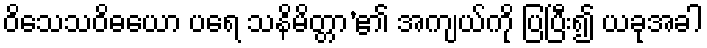
ဝိသေသဝိဓယော ပရေ သနိမိတ္တာ’၏ အကျယ်ကို ပြပြီး၍ ယခုအခါ